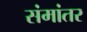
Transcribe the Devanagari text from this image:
संमांतर